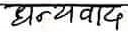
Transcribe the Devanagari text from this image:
धन्यवाद